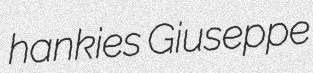
hankies Giuseppe